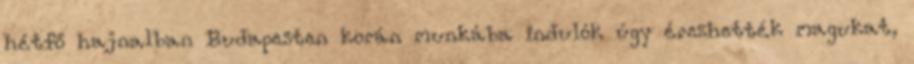
hétfő hajnalban Budapesten korán munkába indulók úgy érezhették magukat,